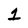
Character: 1